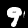
Digit: 9